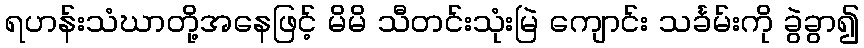
ရဟန်းသံဃာတို့အနေဖြင့် မိမိ သီတင်းသုံးမြဲ ကျောင်း သင်္ခမ်းကို ခွဲခွာ၍